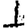
Digit: 1